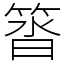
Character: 䈋